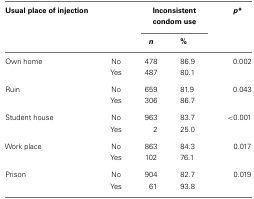
| Usual place of injection |  | <COLSPAN=2> Inconsistent condom use | p* |
 |  |  | n | % |  |
 | --- | --- | --- | --- | --- |
 | Own home | No | 478 | 86.9 | 0.002 |
 |  | Yes | 487 | 80.1 |  |
 | Ruin | No | 659 | 81.9 | 0.043 |
 |  | Yes | 306 | 86.7 |  |
 | Student house | No | 963 | 83.7 | <0.001 |
 |  | Yes | 2 | 25.0 |  |
 | Work place | No | 863 | 84.3 | 0.017 |
 |  | Yes | 102 | 76.1 |  |
 | Prison | No | 904 | 82.7 | 0.019 |
 |  | Yes | 61 | 93.8 |  |